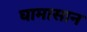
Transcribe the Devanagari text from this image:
घामासान